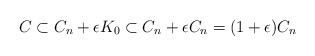
LaTeX: \begin{align*}C \subset C_n + \epsilon K_0 \subset C_n + \epsilon C_n = (1+\epsilon) C_n \end{align*}